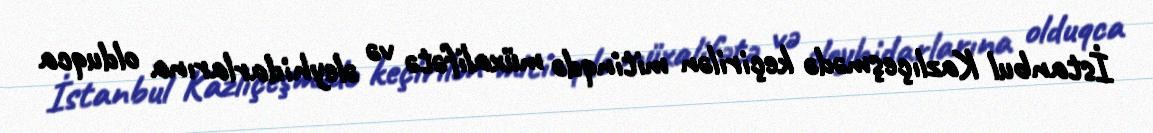
İstanbul Kazlıçeşmədə keçirilən mitinqdə müxalifətə və əleyhidarlarına olduqca